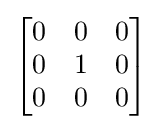
{\begin{bmatrix}0&0&0\\0&1&0\\0&0&0\end{bmatrix}}